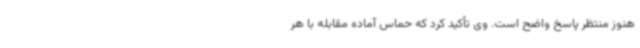
هنوز منتظر پاسخ واضح است. وی تأکید کرد که حماس آماده مقابله با هر